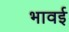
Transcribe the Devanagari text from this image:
भावई